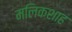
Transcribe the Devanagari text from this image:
मलिकशाह